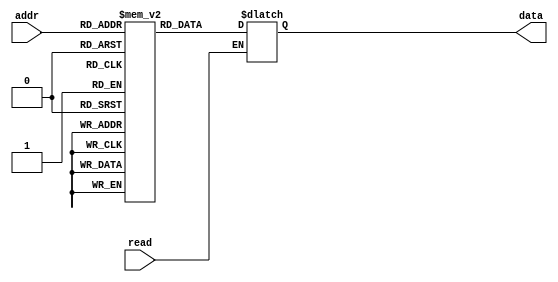
module rom(addr, read, data);
input[4:0] addr;
input read;
output [7:0]data;
reg [7:0]data;
reg [7:0]memory[31:0];
//assign data=(read)?memory[addr]:8'bzzzzzzzz; 
always @(read or addr)
	if(read)
		data=memory[addr];
//initial
//	begin 	
//			memory[0]=8'b00000001;//ldac T1=14
//			memory[1]=8'b00001110;
//			memory[2]=8'b00000000;
//			memory[3]=8'b00000000;//nop
//			memory[4]=8'b00001000;//add
//			memory[5]=8'b00001010;//inc
//			memory[6]=8'b00000011;//movac
//			memory[7]=8'b00000001;//ldac T2=15
//			memory[8]=8'b00001111;
//			memory[9]=8'b00000000;
//			memory[10]=8'b00001001;//sub AC<-AC-R;
//			memory[11]=8'b00000111;//jpnz T3=16;
//			memory[12]=8'b00010000;
//			memory[13]=8'b00000000;
//			memory[14]=8'b00000100;//04h
//			memory[15]=8'b00001010;//10h 
//			memory[16]=8'b00000010;//stac T4=32 in ram
//			memory[17]=8'b00100000;
//			memory[18]=8'b00000000;	
//			memory[19]=8'b00000100;//movr
//			memory[20]=8'b00000110;//jmpz here z!=0,not jump
//			memory[21]=8'b00001000;
//			memory[22]=8'b01001000;
//			memory[23]=8'b00000001;//ldac T5=32;load ram
//			memory[24]=8'b00100000;
//			memory[25]=8'b00000000;
//			memory[26]=8'b00001111;//not
//			memory[27]=8'b00001100;//and
//			memory[28]=8'b00001011;//clac clear aluout put z=0
//			memory[29]=8'b00000110;//jmpz here z=0,jump to T6=0;
//			memory[30]=8'b00000000;
//			memory[31]=8'b00000000;
//			
//		
//
//			
//	end

endmodule